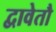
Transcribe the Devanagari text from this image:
द्वावेतौ